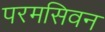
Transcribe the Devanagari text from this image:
परमसिवन